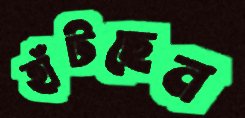
হাঁটছেন